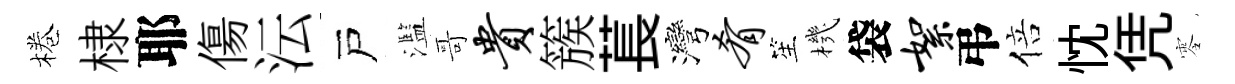
棬棣耶傷沄戸濫哥贵簇萇灣肴笙機袋絮弔倍忱凭零